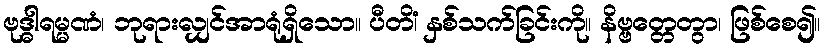
ဗုဒ္ဓါရမ္မဏံ၊ ဘုရားလျှင်အာရုံရှိသော။ ပီတိံ၊ နှစ်သက်ခြင်းကို။ နိဗ္ဗတ္တေတွာ၊ ဖြစ်စေ၍။